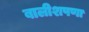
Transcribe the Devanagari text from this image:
बालीशपणा